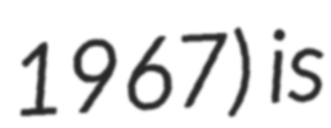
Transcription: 1967) is